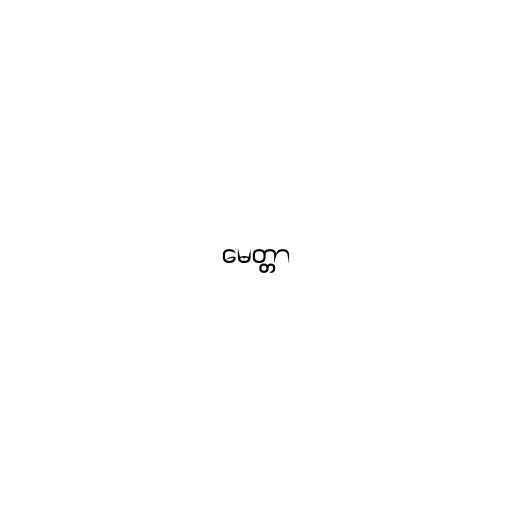
မေတ္တာ